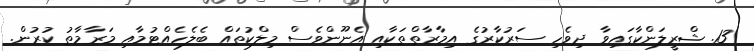
13. ޝްރީލަންކާގައިވާ ދިވެހި ސަރުކާރުގެ އިމާރާތްތަކާއި އެނޫންވެސް މިލްކުތައް ބެލެހެއްޓުމާއި މަރާމާތު ކުރުން.